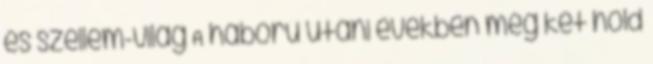
és szellem-világ A háború utáni években még két hold